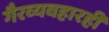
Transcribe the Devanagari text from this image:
गैरव्यवहारही